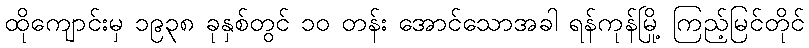
ထိုကျောင်းမှ ၁၉၃၈ ခုနှစ်တွင် ၁၀ တန်း အောင်သောအခါ ရန်ကုန်မြို့ ကြည့်မြင်တိုင်